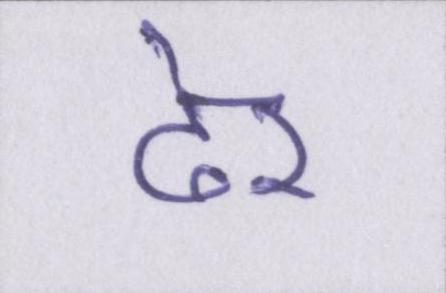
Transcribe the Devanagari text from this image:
ढ़ेर